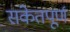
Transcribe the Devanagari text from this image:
संकेतपूर्ण